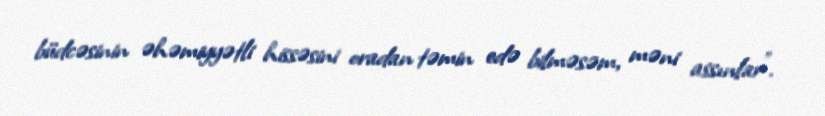
büdcəsinin əhəmiyyətli hissəsini oradan təmin edə bilməsəm, məni assınlar”.